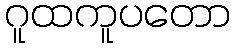
ဂူထကူပတော